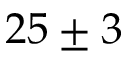
2 5 \pm 3